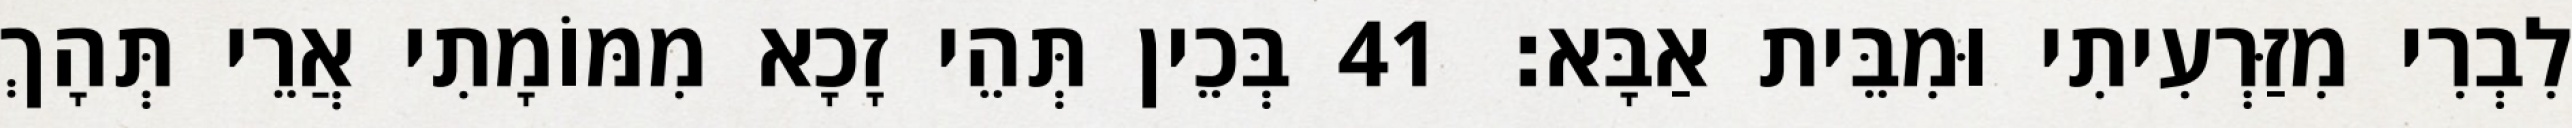
לִבְרִי מִזַּרְעִיתִי וּמִבֵּית אַבָּא׃ 41 בְּכֵין תְּהֵי זָכָא מִמּוֹמָתִי אֲרֵי תְּהָךְ